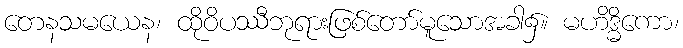
တေနသမယေန၊ ထိုဝိပဿီဘုရားဖြစ်တော်မူသောအခါ၌။ မဟိဒ္ဓိကော၊